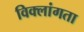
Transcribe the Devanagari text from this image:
विक्लांगता